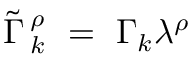
\widetilde \Gamma \, _ { k } ^ { \rho } \ = \ \Gamma _ { k } \lambda ^ { \rho }